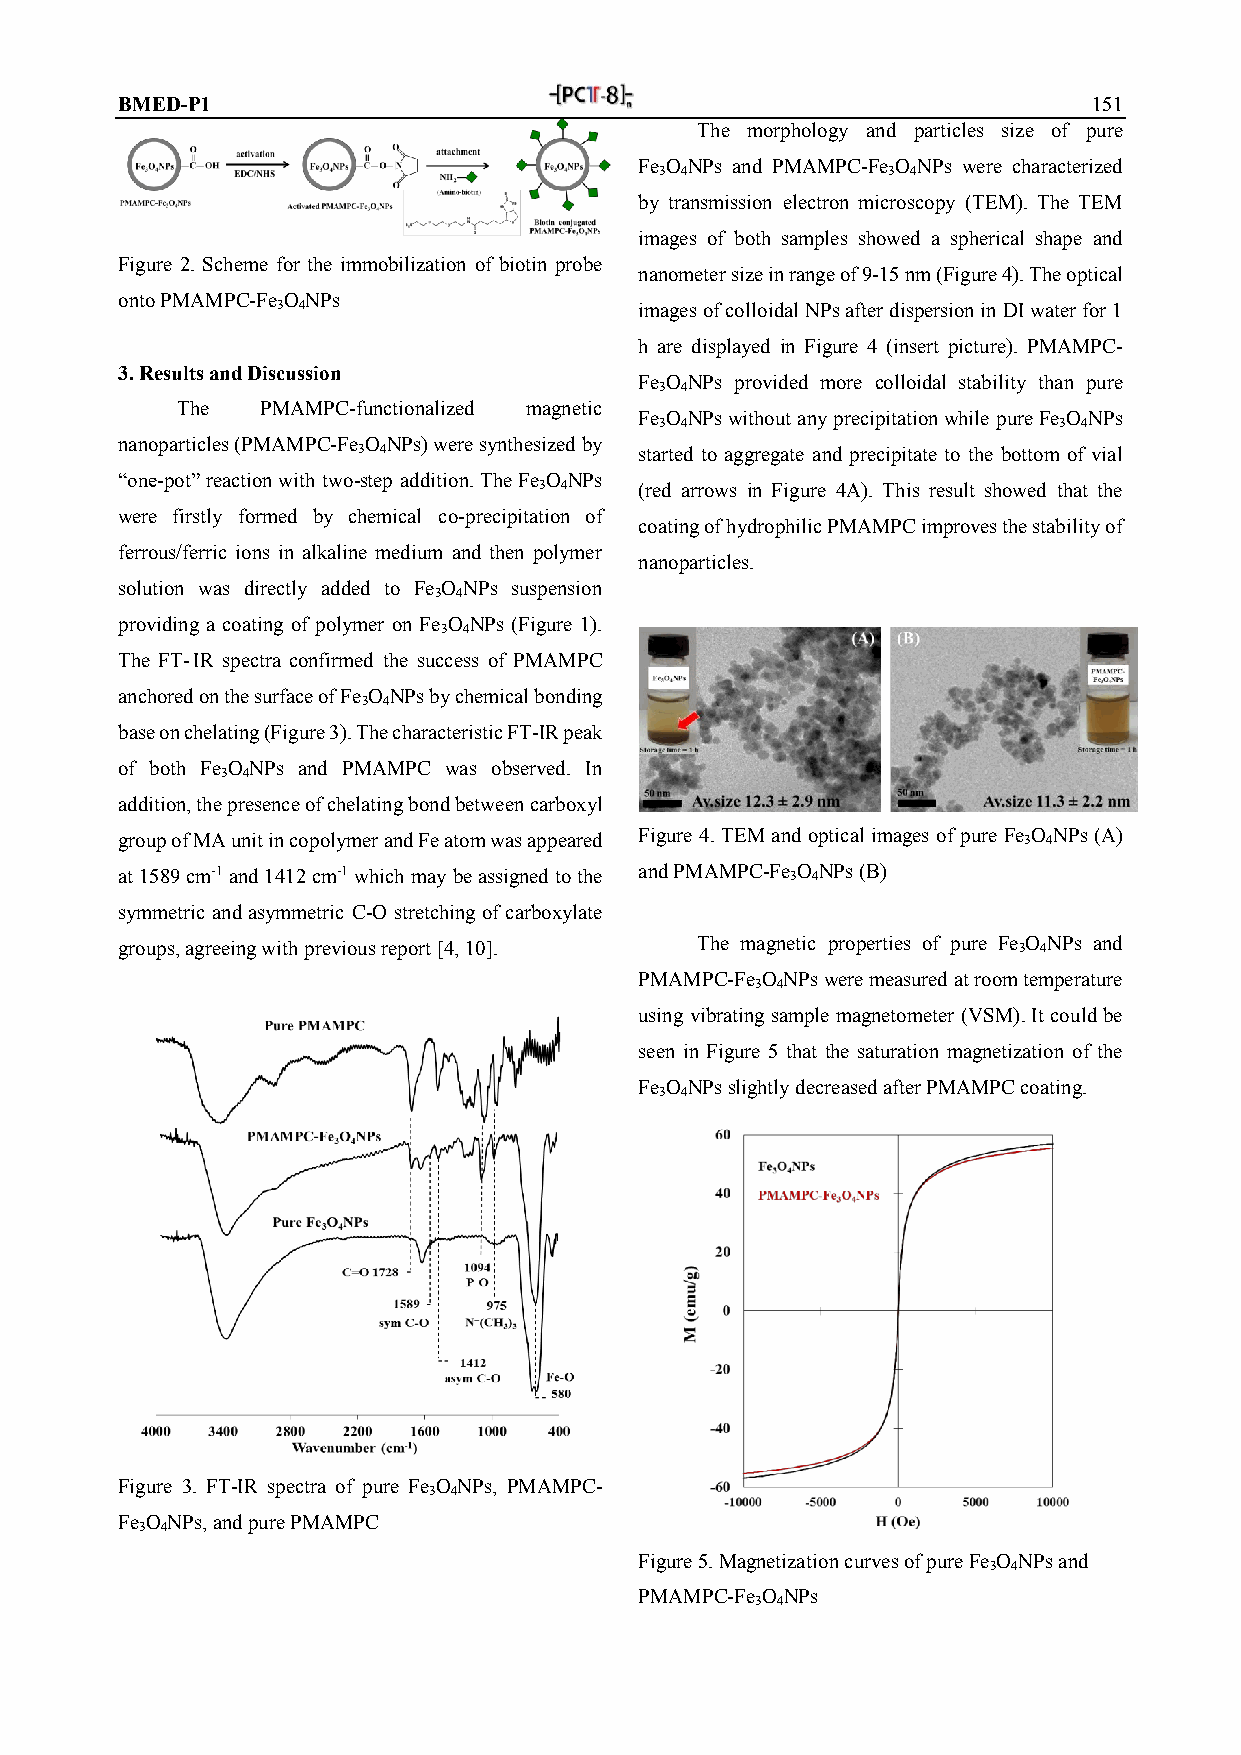
BMED-P1                                                         151
 The morphology and particles size of pure
 Fe O NPs and PMAMPC-Fe O NPs were characterized
 3 4            3 4
 by transmission electron microscopy (TEM). The TEM
 images of both samples showed a spherical shape and
 Figure 2. Scheme for the immobilization of biotin probe
 nanometer size in range of 9-15 nm (Figure 4). The optical
 onto PMAMPC-Fe 3O 4NPs
 images of colloidal NPs after dispersion in DI water for 1
 h are displayed in Figure 4 (insert picture). PMAMPC-
 3. Results and Discussion
 Fe O NPs provided more colloidal stability than pure
 3 4
 The  PMAMPC-functionalized magnetic
 Fe O NPs without any precipitation while pure Fe O NPs
 3 4                       3 4
 nanoparticles (PMAMPC-Fe O NPs) were synthesized by
 3 4               started to aggregate and precipitate to the bottom of vial
 “one-pot” reaction with two-step addition. The Fe O NPs
 3 4   (red arrows in Figure 4A). This result showed that the
 were firstly formed by chemical co-precipitation of
 coating of hydrophilic PMAMPC improves the stability of
 ferrous/ferric ions in alkaline medium and then polymer
 nanoparticles.
 solution was directly added to Fe O NPs suspension
 3 4
 providing a coating of polymer on Fe O NPs (Figure 1).
 3 4
 The FT-IR spectra confirmed the success of PMAMPC
 anchored on the surface of Fe O NPs by chemical bonding
 3 4
 base on chelating (Figure 3). The characteristic FT-IR peak
 of both Fe O NPs and PMAMPC was observed. In
 3 4
 addition, the presence of chelating bond between carboxyl
 group of MA unit in copolymer and Fe atom was appeared Figure 4. TEM and optical images of pure Fe 3O 4NPs (A)
 at 1589 cm-1 and 1412 cm-1 which may be assigned to the and PMAMPC-Fe 3O 4NPs (B)
 symmetric and asymmetric C-O stretching of carboxylate
 groups, agreeing with previous report [4, 10]. The magnetic properties of pure Fe 3O 4NPs and
 PMAMPC-Fe 3O 4NPs were measured at room temperature
 using vibrating sample magnetometer (VSM). It could be
 seen in Figure 5 that the saturation magnetization of the
 Fe O NPs slightly decreased after PMAMPC coating.
 3 4
 Figure 3. FT-IR spectra of pure Fe O NPs, PMAMPC-
 3 4
 Fe O NPs, and pure PMAMPC
 3 4
 Figure 5. Magnetization curves of pure Fe O NPs and
 3 4
 PMAMPC-Fe O NPs
 3 4